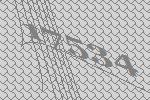
17534